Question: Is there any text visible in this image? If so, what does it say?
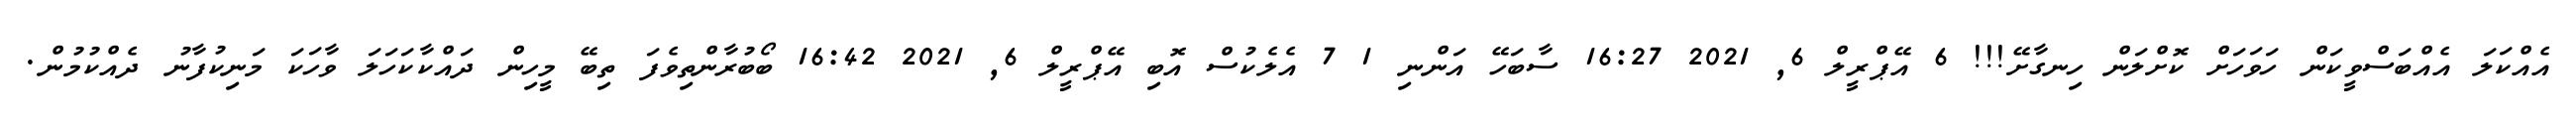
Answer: އެއްކަލަ އެއްބަސްވީކަން ހަވަހަށް ކޮށްލަން ހިނގާށޭ!!! 6 އޭޕްރީލް 6, 2021 16:27 ސާބަހޭ އަންނި 1 7 އެލެކުސް އޮބި އޭޕްރީލް 6, 2021 16:42 ބޯބުރާންތިވެފަ ތިބޭ މީހިން ދައްކާކަހަލަ ވާހަކަ މަނިކުފާނު ދެއްކުމުން.